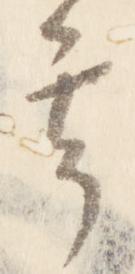
其